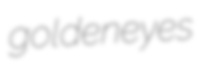
goldeneyes